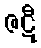
ဇဋီ